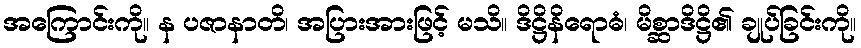
အကြောင်းကို။ န ပဇာနာတိ၊ အပြားအားဖြင့် မသိ။ ဒိဋ္ဌိနိရောဓံ၊ မိစ္ဆာဒိဋ္ဌိ၏ ချုပ်ခြင်းကို။